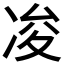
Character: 𠗕